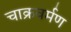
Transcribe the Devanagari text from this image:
चाक्रवर्मण